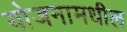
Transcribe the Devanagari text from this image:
योजनामधील